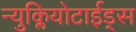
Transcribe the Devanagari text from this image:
न्युक्लियोटाईड्स